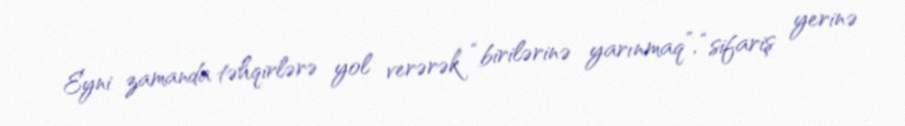
Eyni zamanda təhqirlərə yol verərək “birilərinə yarınmaq”, “sifariş yerinə